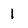
Character: 1